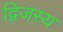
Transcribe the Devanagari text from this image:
द्विजस्य